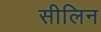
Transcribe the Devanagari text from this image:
सीलिन